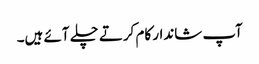
آپ شاندار کام کرتے چلے آئے ہیں۔